Report of an investigation into the causes of the diseases known in Assam as Kála-Azár and Beri-Beri
Disease focus: Beri-Beri
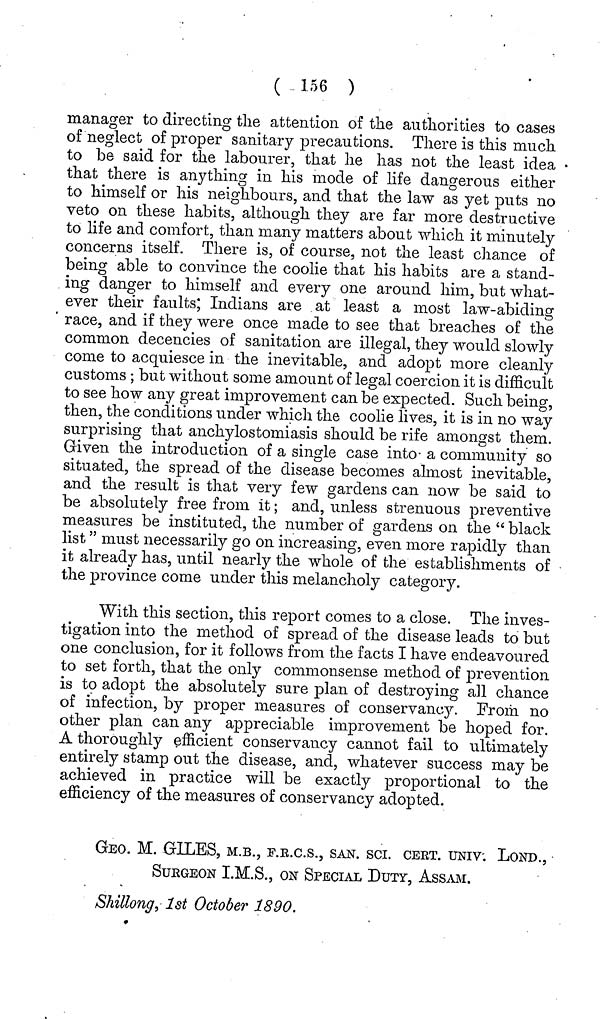
( 156 )
manager to directing the attention of the authorities to cases
of neglect of proper sanitary precautions. There is this much
to be said for the labourer, that he has not the least idea
that there is anything in his mode of life dangerous either
to himself or his neighbours, and that the law as yet puts no
veto on these habits, although they are far more destructive
to life and comfort, than many matters about which it minutely
concerns itself. There is, of course, not the least chance of
being able to convince the coolie that his habits are a stand-
ing danger to himself and every one around him, but what-
ever their faults* Indians are at least a most law-abiding
race, and if they were once made to see that breaches of the
common decencies of sanitation are illegal, they would slowly
come to acquiesce in the inevitable, and adopt more cleanly
customs ; but without some amount of legal coercion it is difficult
to see how any great improvement can be expected. Such being,
then, the conditions under which the coolie lives, it is in no way
surprising that anchylostomiasis should be rife amongst them.
Given the introduction of a single case into a community so
situated, the spread of the disease becomes almost inevitable,
and the result is that very few gardens can now be said to
be absolutely free from it; and, unless strenuous preventive
measures be instituted, the number of gardens on the " black
list" must necessarily go on increasing, even more rapidly than
it already has, until nearly the whole of the establishments of
the province come under this melancholy category.
With this section, this report comes to a close. The inves-
tigation into the method of spread of the disease leads to but
one conclusion, for it follows from the facts I have endeavoured
to set forth, that the only commonsense method of prevention
is to adopt the absolutely sure plan of destroying all chance
of infection, by proper measures of conservancy. From no
other plan can any appreciable improvement be hoped for.
A thoroughly efficient conservancy cannot fail to ultimately
entirely stamp out the disease, and, whatever success may be
achieved in practice will be exactly proportional to the
efficiency of the measures of conservancy adopted.
GEO. M. GILES, M.B., E.R.C.S., SAN. sci. CERT. UNIV. LOND.,
SUKGEON I.M.S., ON SPECIAL DUTY, ASSAM.
Shittong^ 1st October 1890.